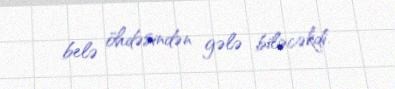
belə öhdəsindən gələ biləcəkdi.